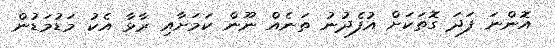
އޮންނަ ފަދަ ގޮތަކަށް އުފެދުނު ތަނެއް ނޫން ކަމަށާއި ރާޅާ އެކު މަޑުމަޑުން